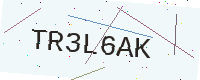
Text: TR3L6AK